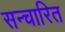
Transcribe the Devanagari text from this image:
सन्चारित